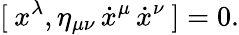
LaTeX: [\: x^{\lambda},\eta_{\mu\nu}\, \dot{x}^{\mu}\, \dot{x}^{\nu}\: ]=0.